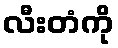
လီးတံကို